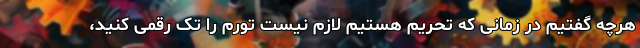
هرچه گفتیم در زمانی که تحریم هستیم لازم نیست تورم را تک رقمی کنید،